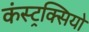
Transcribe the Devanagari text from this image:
कंस्ट्रक्सियो